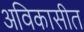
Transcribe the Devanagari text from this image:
अविकासीत